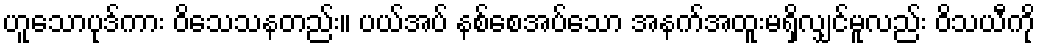
ဟူသောပုဒ်ကား ဝိသေသနတည်း။ ပယ်အပ် နစ်စေအပ်သော အနက်အထူးမရှိလျှင်မူလည်း ဝိသယီကို